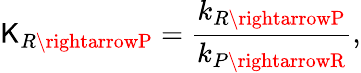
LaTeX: \mathsf{K}_{R\rightarrowP}=\frac{{k_{R\rightarrowP}}}{{k_{P\rightarrowR}}},